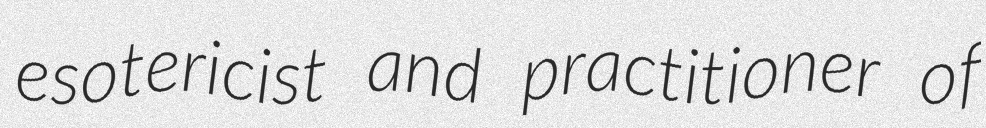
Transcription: esotericist and practitioner of